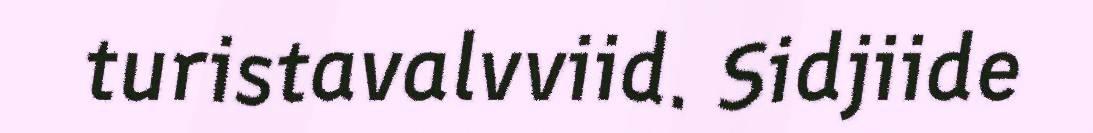
turistavalvviid. Sidjiide